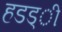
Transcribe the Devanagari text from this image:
हडड्ी